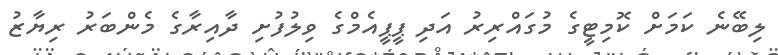
ލިބޭނެ ކަމަށް ކޮމިޓީގެ މުގައްރިރު އަދި ޕީޕީއެމްގެ ވިލުފުށި ދާއިރާގެ މެންބަރު ރިޔާޒު